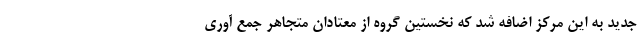
جدید به این مرکز اضافه شد که نخستین گروه از معتادان متجاهر جمع آوری